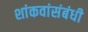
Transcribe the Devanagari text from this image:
शांकवांसंबंधी